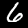
Digit: 6